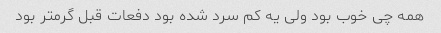
همه چی خوب بود ولی یه کم سرد شده بود دفعات قبل گرمتر بود